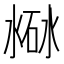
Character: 𣸐